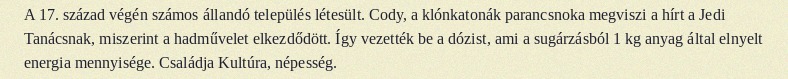
A 17. század végén számos állandó település létesült. Cody, a klónkatonák parancsnoka megviszi a hírt a Jedi Tanácsnak, miszerint a hadművelet elkezdődött. Így vezették be a dózist, ami a sugárzásból 1 kg anyag által elnyelt energia mennyisége. Családja Kultúra, népesség.